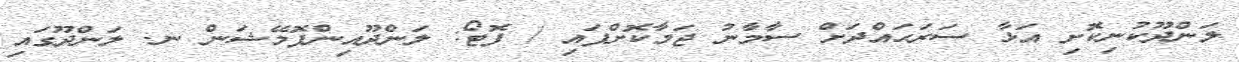
ލަންދޫކުނިކޮށި އަޅާ ސަރަޙައްދަށް ސާމާނު ޖަމާކޮށްފައި / ފޮޓޯ: ލަންދޫއިންފޮމޭޝަން ނ. ލަންދޫގައި